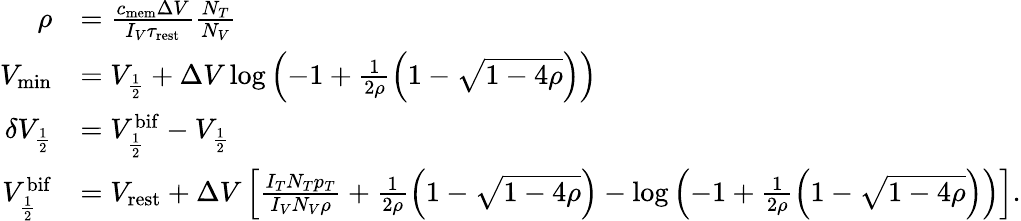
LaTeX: \begin{array}{rl}{\rho}&{=\frac{c_{\mathrm{mem}}\Delta V}{I_{V}\tau_{\mathrm{rest}}}\frac{N_{T}}{N_{V}}}\\ {V_{\mathrm{min}}}&{=V_{\frac{1}{2}}+\Delta V\log\left(-1+\frac{1}{2\rho}\left(1-\sqrt{1-4\rho}\right)\right)}\\ {\delta V_{\frac{1}{2}}}&{=V_{\frac{1}{2}}^{\mathrm{bif}}-V_{\frac{1}{2}}}\\ {V_{\frac{1}{2}}^{\mathrm{bif}}}&{=V_{\mathrm{rest}}+\Delta V\left[\frac{I_{T}N_{T}p_{T}}{I_{V}N_{V}\rho}+\frac{1}{2\rho}\left(1-\sqrt{1-4\rho}\right)-\log\left(-1+\frac{1}{2\rho}\left(1-\sqrt{1-4\rho}\right)\right)\right].}\end{array}